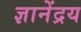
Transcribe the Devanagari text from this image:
ज्ञानेंद्रय